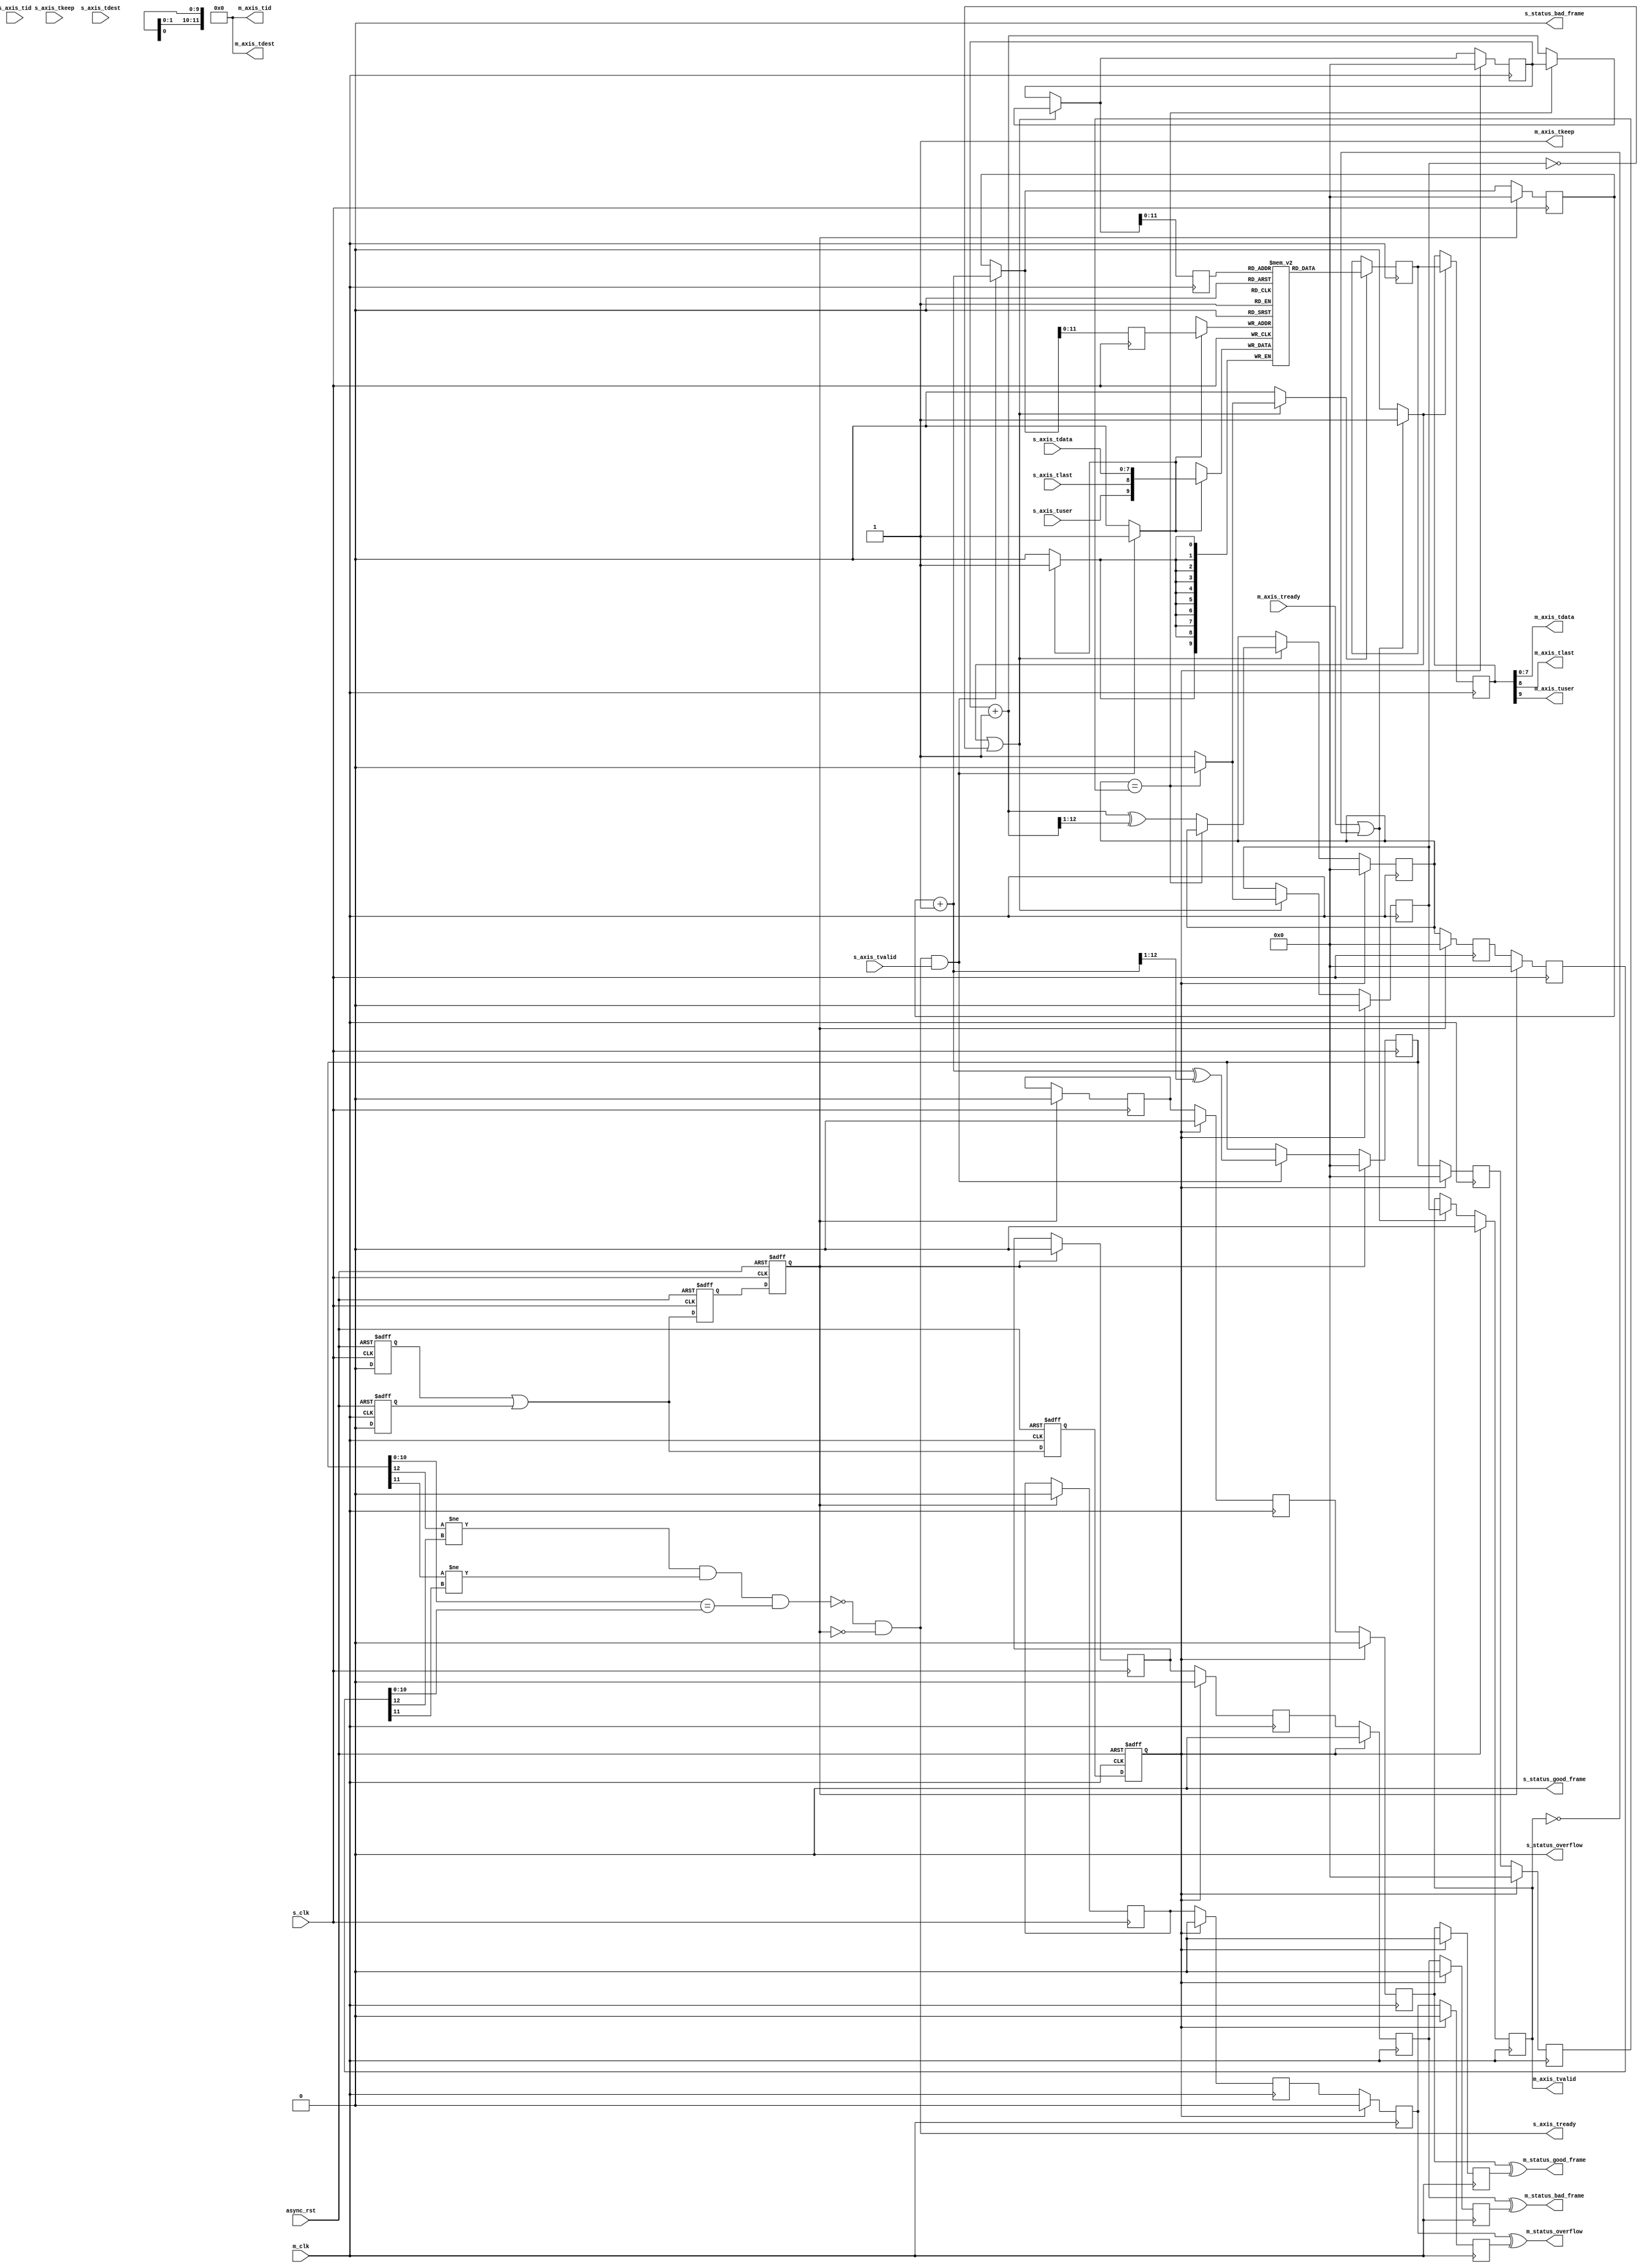


// Language: Verilog 2001

`timescale 1ns / 1ps

/*
 * AXI4-Stream asynchronous FIFO
 */
module axis_async_fifo #
(
    // FIFO depth in words
    // KEEP_WIDTH words per cycle if KEEP_ENABLE set
    // Rounded up to nearest power of 2 cycles
    parameter DEPTH = 4096,
    // Width of AXI stream interfaces in bits
    parameter DATA_WIDTH = 8,
    // Propagate tkeep signal
    // If disabled, tkeep assumed to be 1'b1
    parameter KEEP_ENABLE = (DATA_WIDTH>8),
    // tkeep signal width (words per cycle)
    parameter KEEP_WIDTH = (DATA_WIDTH/8),
    // Propagate tlast signal
    parameter LAST_ENABLE = 1,
    // Propagate tid signal
    parameter ID_ENABLE = 0,
    // tid signal width
    parameter ID_WIDTH = 8,
    // Propagate tdest signal
    parameter DEST_ENABLE = 0,
    // tdest signal width
    parameter DEST_WIDTH = 8,
    // Propagate tuser signal
    parameter USER_ENABLE = 1,
    // tuser signal width
    parameter USER_WIDTH = 1,
    // Frame FIFO mode - operate on frames instead of cycles
    // When set, m_axis_tvalid will not be deasserted within a frame
    // Requires LAST_ENABLE set
    parameter FRAME_FIFO = 0,
    // tuser value for bad frame marker
    parameter USER_BAD_FRAME_VALUE = 1'b1,
    // tuser mask for bad frame marker
    parameter USER_BAD_FRAME_MASK = 1'b1,
    // Drop frames marked bad
    // Requires FRAME_FIFO set
    parameter DROP_BAD_FRAME = 0,
    // Drop incoming frames when full
    // When set, s_axis_tready is always asserted
    // Requires FRAME_FIFO set
    parameter DROP_WHEN_FULL = 0
)
(
    /*
     * Common asynchronous reset
     */
    input  wire                   async_rst,

    /*
     * AXI input
     */
    input  wire                   s_clk,
    input  wire [DATA_WIDTH-1:0]  s_axis_tdata,
    input  wire [KEEP_WIDTH-1:0]  s_axis_tkeep,
    input  wire                   s_axis_tvalid,
    output wire                   s_axis_tready,
    input  wire                   s_axis_tlast,
    input  wire [ID_WIDTH-1:0]    s_axis_tid,
    input  wire [DEST_WIDTH-1:0]  s_axis_tdest,
    input  wire [USER_WIDTH-1:0]  s_axis_tuser,

    /*
     * AXI output
     */
    input  wire                   m_clk,
    output wire [DATA_WIDTH-1:0]  m_axis_tdata,
    output wire [KEEP_WIDTH-1:0]  m_axis_tkeep,
    output wire                   m_axis_tvalid,
    input  wire                   m_axis_tready,
    output wire                   m_axis_tlast,
    output wire [ID_WIDTH-1:0]    m_axis_tid,
    output wire [DEST_WIDTH-1:0]  m_axis_tdest,
    output wire [USER_WIDTH-1:0]  m_axis_tuser,

    /*
     * Status
     */
    output wire                   s_status_overflow,
    output wire                   s_status_bad_frame,
    output wire                   s_status_good_frame,
    output wire                   m_status_overflow,
    output wire                   m_status_bad_frame,
    output wire                   m_status_good_frame
);

parameter ADDR_WIDTH = (KEEP_ENABLE && KEEP_WIDTH > 1) ? $clog2(DEPTH/KEEP_WIDTH) : $clog2(DEPTH);

// check configuration
initial begin
    if (FRAME_FIFO && !LAST_ENABLE) begin
        $error("Error: FRAME_FIFO set requires LAST_ENABLE set (instance %m)");
        $finish;
    end

    if (DROP_BAD_FRAME && !FRAME_FIFO) begin
        $error("Error: DROP_BAD_FRAME set requires FRAME_FIFO set (instance %m)");
        $finish;
    end

    if (DROP_WHEN_FULL && !FRAME_FIFO) begin
        $error("Error: DROP_WHEN_FULL set requires FRAME_FIFO set (instance %m)");
        $finish;
    end

    if (DROP_BAD_FRAME && (USER_BAD_FRAME_MASK & {USER_WIDTH{1'b1}}) == 0) begin
        $error("Error: Invalid USER_BAD_FRAME_MASK value (instance %m)");
        $finish;
    end
end

localparam KEEP_OFFSET = DATA_WIDTH;
localparam LAST_OFFSET = KEEP_OFFSET + (KEEP_ENABLE ? KEEP_WIDTH : 0);
localparam ID_OFFSET   = LAST_OFFSET + (LAST_ENABLE ? 1          : 0);
localparam DEST_OFFSET = ID_OFFSET   + (ID_ENABLE   ? ID_WIDTH   : 0);
localparam USER_OFFSET = DEST_OFFSET + (DEST_ENABLE ? DEST_WIDTH : 0);
localparam WIDTH       = USER_OFFSET + (USER_ENABLE ? USER_WIDTH : 0);

reg [ADDR_WIDTH:0] wr_ptr_reg = {ADDR_WIDTH+1{1'b0}}, wr_ptr_next;
reg [ADDR_WIDTH:0] wr_ptr_cur_reg = {ADDR_WIDTH+1{1'b0}}, wr_ptr_cur_next;
reg [ADDR_WIDTH:0] wr_ptr_gray_reg = {ADDR_WIDTH+1{1'b0}}, wr_ptr_gray_next;
reg [ADDR_WIDTH:0] wr_ptr_sync_gray_reg = {ADDR_WIDTH+1{1'b0}}, wr_ptr_sync_gray_next;
reg [ADDR_WIDTH:0] wr_ptr_cur_gray_reg = {ADDR_WIDTH+1{1'b0}}, wr_ptr_cur_gray_next;
reg [ADDR_WIDTH:0] wr_addr_reg = {ADDR_WIDTH+1{1'b0}};
reg [ADDR_WIDTH:0] rd_ptr_reg = {ADDR_WIDTH+1{1'b0}}, rd_ptr_next;
reg [ADDR_WIDTH:0] rd_ptr_gray_reg = {ADDR_WIDTH+1{1'b0}}, rd_ptr_gray_next;
reg [ADDR_WIDTH:0] rd_addr_reg = {ADDR_WIDTH+1{1'b0}};

reg [ADDR_WIDTH:0] wr_ptr_gray_sync1_reg = {ADDR_WIDTH+1{1'b0}};
reg [ADDR_WIDTH:0] wr_ptr_gray_sync2_reg = {ADDR_WIDTH+1{1'b0}};
reg [ADDR_WIDTH:0] rd_ptr_gray_sync1_reg = {ADDR_WIDTH+1{1'b0}};
reg [ADDR_WIDTH:0] rd_ptr_gray_sync2_reg = {ADDR_WIDTH+1{1'b0}};

reg wr_ptr_update_valid_reg = 1'b0, wr_ptr_update_valid_next;
reg wr_ptr_update_reg = 1'b0, wr_ptr_update_next;
reg wr_ptr_update_sync1_reg = 1'b0;
reg wr_ptr_update_sync2_reg = 1'b0;
reg wr_ptr_update_sync3_reg = 1'b0;
reg wr_ptr_update_ack_sync1_reg = 1'b0;
reg wr_ptr_update_ack_sync2_reg = 1'b0;

reg s_rst_sync1_reg = 1'b1;
reg s_rst_sync2_reg = 1'b1;
reg s_rst_sync3_reg = 1'b1;
reg m_rst_sync1_reg = 1'b1;
reg m_rst_sync2_reg = 1'b1;
reg m_rst_sync3_reg = 1'b1;

reg [WIDTH-1:0] mem[(2**ADDR_WIDTH)-1:0];
reg [WIDTH-1:0] mem_read_data_reg;
reg mem_read_data_valid_reg = 1'b0, mem_read_data_valid_next;

wire [WIDTH-1:0] s_axis;

reg [WIDTH-1:0] m_axis_reg;
reg m_axis_tvalid_reg = 1'b0, m_axis_tvalid_next;

// full when first TWO MSBs do NOT match, but rest matches
// (gray code equivalent of first MSB different but rest same)
wire full = ((wr_ptr_gray_reg[ADDR_WIDTH] != rd_ptr_gray_sync2_reg[ADDR_WIDTH]) &&
             (wr_ptr_gray_reg[ADDR_WIDTH-1] != rd_ptr_gray_sync2_reg[ADDR_WIDTH-1]) &&
             (wr_ptr_gray_reg[ADDR_WIDTH-2:0] == rd_ptr_gray_sync2_reg[ADDR_WIDTH-2:0]));
wire full_cur = ((wr_ptr_cur_gray_reg[ADDR_WIDTH] != rd_ptr_gray_sync2_reg[ADDR_WIDTH]) &&
                 (wr_ptr_cur_gray_reg[ADDR_WIDTH-1] != rd_ptr_gray_sync2_reg[ADDR_WIDTH-1]) &&
                 (wr_ptr_cur_gray_reg[ADDR_WIDTH-2:0] == rd_ptr_gray_sync2_reg[ADDR_WIDTH-2:0]));
// empty when pointers match exactly
wire empty = rd_ptr_gray_reg == (FRAME_FIFO ? wr_ptr_gray_sync1_reg : wr_ptr_gray_sync2_reg);
// overflow within packet
wire full_wr = ((wr_ptr_reg[ADDR_WIDTH] != wr_ptr_cur_reg[ADDR_WIDTH]) &&
                (wr_ptr_reg[ADDR_WIDTH-1:0] == wr_ptr_cur_reg[ADDR_WIDTH-1:0]));

// control signals
reg write;
reg read;
reg store_output;

reg drop_frame_reg = 1'b0, drop_frame_next;
reg overflow_reg = 1'b0, overflow_next;
reg bad_frame_reg = 1'b0, bad_frame_next;
reg good_frame_reg = 1'b0, good_frame_next;

reg overflow_sync1_reg = 1'b0;
reg overflow_sync2_reg = 1'b0;
reg overflow_sync3_reg = 1'b0;
reg overflow_sync4_reg = 1'b0;
reg bad_frame_sync1_reg = 1'b0;
reg bad_frame_sync2_reg = 1'b0;
reg bad_frame_sync3_reg = 1'b0;
reg bad_frame_sync4_reg = 1'b0;
reg good_frame_sync1_reg = 1'b0;
reg good_frame_sync2_reg = 1'b0;
reg good_frame_sync3_reg = 1'b0;
reg good_frame_sync4_reg = 1'b0;

assign s_axis_tready = (FRAME_FIFO ? (!full_cur || full_wr || DROP_WHEN_FULL) : !full) && !s_rst_sync3_reg;

generate
    assign s_axis[DATA_WIDTH-1:0] = s_axis_tdata;
    if (KEEP_ENABLE) assign s_axis[KEEP_OFFSET +: KEEP_WIDTH] = s_axis_tkeep;
    if (LAST_ENABLE) assign s_axis[LAST_OFFSET]               = s_axis_tlast;
    if (ID_ENABLE)   assign s_axis[ID_OFFSET   +: ID_WIDTH]   = s_axis_tid;
    if (DEST_ENABLE) assign s_axis[DEST_OFFSET +: DEST_WIDTH] = s_axis_tdest;
    if (USER_ENABLE) assign s_axis[USER_OFFSET +: USER_WIDTH] = s_axis_tuser;
endgenerate

assign m_axis_tvalid = m_axis_tvalid_reg;

assign m_axis_tdata = m_axis_reg[DATA_WIDTH-1:0];
assign m_axis_tkeep = KEEP_ENABLE ? m_axis_reg[KEEP_OFFSET +: KEEP_WIDTH] : {KEEP_WIDTH{1'b1}};
assign m_axis_tlast = LAST_ENABLE ? m_axis_reg[LAST_OFFSET]               : 1'b1;
assign m_axis_tid   = ID_ENABLE   ? m_axis_reg[ID_OFFSET   +: ID_WIDTH]   : {ID_WIDTH{1'b0}};
assign m_axis_tdest = DEST_ENABLE ? m_axis_reg[DEST_OFFSET +: DEST_WIDTH] : {DEST_WIDTH{1'b0}};
assign m_axis_tuser = USER_ENABLE ? m_axis_reg[USER_OFFSET +: USER_WIDTH] : {USER_WIDTH{1'b0}};

assign s_status_overflow = overflow_reg;
assign s_status_bad_frame = bad_frame_reg;
assign s_status_good_frame = good_frame_reg;

assign m_status_overflow = overflow_sync3_reg ^ overflow_sync4_reg;
assign m_status_bad_frame = bad_frame_sync3_reg ^ bad_frame_sync4_reg;
assign m_status_good_frame = good_frame_sync3_reg ^ good_frame_sync4_reg;

// reset synchronization
always @(posedge s_clk or posedge async_rst) begin
    if (async_rst) begin
        s_rst_sync1_reg <= 1'b1;
        s_rst_sync2_reg <= 1'b1;
        s_rst_sync3_reg <= 1'b1;
    end else begin
        s_rst_sync1_reg <= 1'b0;
        s_rst_sync2_reg <= s_rst_sync1_reg || m_rst_sync1_reg;
        s_rst_sync3_reg <= s_rst_sync2_reg;
    end
end

always @(posedge m_clk or posedge async_rst) begin
    if (async_rst) begin
        m_rst_sync1_reg <= 1'b1;
        m_rst_sync2_reg <= 1'b1;
        m_rst_sync3_reg <= 1'b1;
    end else begin
        m_rst_sync1_reg <= 1'b0;
        m_rst_sync2_reg <= s_rst_sync1_reg || m_rst_sync1_reg;
        m_rst_sync3_reg <= m_rst_sync2_reg;
    end
end

// Write logic
always @* begin
    write = 1'b0;

    drop_frame_next = drop_frame_reg;
    overflow_next = 1'b0;
    bad_frame_next = 1'b0;
    good_frame_next = 1'b0;

    wr_ptr_next = wr_ptr_reg;
    wr_ptr_cur_next = wr_ptr_cur_reg;
    wr_ptr_gray_next = wr_ptr_gray_reg;
    wr_ptr_sync_gray_next = wr_ptr_sync_gray_reg;
    wr_ptr_cur_gray_next = wr_ptr_cur_gray_reg;

    wr_ptr_update_valid_next = wr_ptr_update_valid_reg;
    wr_ptr_update_next = wr_ptr_update_reg;

    if (FRAME_FIFO && wr_ptr_update_valid_reg) begin
        // have updated pointer to sync
        if (wr_ptr_update_next == wr_ptr_update_ack_sync2_reg) begin
            // no sync in progress; sync update
            wr_ptr_update_valid_next = 1'b0;
            wr_ptr_sync_gray_next = wr_ptr_gray_reg;
            wr_ptr_update_next = !wr_ptr_update_ack_sync2_reg;
        end
    end

    if (s_axis_tready && s_axis_tvalid) begin
        // transfer in
        if (!FRAME_FIFO) begin
            // normal FIFO mode
            write = 1'b1;
            wr_ptr_next = wr_ptr_reg + 1;
            wr_ptr_gray_next = wr_ptr_next ^ (wr_ptr_next >> 1);
        end else if (full_cur || full_wr || drop_frame_reg) begin
            // full, packet overflow, or currently dropping frame
            // drop frame
            drop_frame_next = 1'b1;
            if (s_axis_tlast) begin
                // end of frame, reset write pointer
                wr_ptr_cur_next = wr_ptr_reg;
                wr_ptr_cur_gray_next = wr_ptr_cur_next ^ (wr_ptr_cur_next >> 1);
                drop_frame_next = 1'b0;
                overflow_next = 1'b1;
            end
        end else begin
            write = 1'b1;
            wr_ptr_cur_next = wr_ptr_cur_reg + 1;
            wr_ptr_cur_gray_next = wr_ptr_cur_next ^ (wr_ptr_cur_next >> 1);
            if (s_axis_tlast) begin
                // end of frame
                if (DROP_BAD_FRAME && USER_BAD_FRAME_MASK & ~(s_axis_tuser ^ USER_BAD_FRAME_VALUE)) begin
                    // bad packet, reset write pointer
                    wr_ptr_cur_next = wr_ptr_reg;
                    wr_ptr_cur_gray_next = wr_ptr_cur_next ^ (wr_ptr_cur_next >> 1);
                    bad_frame_next = 1'b1;
                end else begin
                    // good packet, update write pointer
                    wr_ptr_next = wr_ptr_cur_reg + 1;
                    wr_ptr_gray_next = wr_ptr_next ^ (wr_ptr_next >> 1);

                    if (wr_ptr_update_next == wr_ptr_update_ack_sync2_reg) begin
                        // no sync in progress; sync update
                        wr_ptr_update_valid_next = 1'b0;
                        wr_ptr_sync_gray_next = wr_ptr_gray_next;
                        wr_ptr_update_next = !wr_ptr_update_ack_sync2_reg;
                    end else begin
                        // sync in progress; flag it for later
                        wr_ptr_update_valid_next = 1'b1;
                    end

                    good_frame_next = 1'b1;
                end
            end
        end
    end
end

always @(posedge s_clk) begin
    if (s_rst_sync3_reg) begin
        wr_ptr_reg <= {ADDR_WIDTH+1{1'b0}};
        wr_ptr_cur_reg <= {ADDR_WIDTH+1{1'b0}};
        wr_ptr_gray_reg <= {ADDR_WIDTH+1{1'b0}};
        wr_ptr_sync_gray_reg <= {ADDR_WIDTH+1{1'b0}};
        wr_ptr_cur_gray_reg <= {ADDR_WIDTH+1{1'b0}};

        wr_ptr_update_valid_reg <= 1'b0;
        wr_ptr_update_reg <= 1'b0;

        drop_frame_reg <= 1'b0;
        overflow_reg <= 1'b0;
        bad_frame_reg <= 1'b0;
        good_frame_reg <= 1'b0;
    end else begin
        wr_ptr_reg <= wr_ptr_next;
        wr_ptr_cur_reg <= wr_ptr_cur_next;
        wr_ptr_gray_reg <= wr_ptr_gray_next;
        wr_ptr_sync_gray_reg <= wr_ptr_sync_gray_next;
        wr_ptr_cur_gray_reg <= wr_ptr_cur_gray_next;

        wr_ptr_update_valid_reg <= wr_ptr_update_valid_next;
        wr_ptr_update_reg <= wr_ptr_update_next;

        drop_frame_reg <= drop_frame_next;
        overflow_reg <= overflow_next;
        bad_frame_reg <= bad_frame_next;
        good_frame_reg <= good_frame_next;
    end

    if (FRAME_FIFO) begin
        wr_addr_reg <= wr_ptr_cur_next;
    end else begin
        wr_addr_reg <= wr_ptr_next;
    end

    if (write) begin
        mem[wr_addr_reg[ADDR_WIDTH-1:0]] <= s_axis;
    end
end

// pointer synchronization
always @(posedge s_clk) begin
    if (s_rst_sync3_reg) begin
        rd_ptr_gray_sync1_reg <= {ADDR_WIDTH+1{1'b0}};
        rd_ptr_gray_sync2_reg <= {ADDR_WIDTH+1{1'b0}};
        wr_ptr_update_ack_sync1_reg <= 1'b0;
        wr_ptr_update_ack_sync2_reg <= 1'b0;
    end else begin
        rd_ptr_gray_sync1_reg <= rd_ptr_gray_reg;
        rd_ptr_gray_sync2_reg <= rd_ptr_gray_sync1_reg;
        wr_ptr_update_ack_sync1_reg <= wr_ptr_update_sync3_reg;
        wr_ptr_update_ack_sync2_reg <= wr_ptr_update_ack_sync1_reg;
    end
end

always @(posedge m_clk) begin
    if (m_rst_sync3_reg) begin
        wr_ptr_gray_sync1_reg <= {ADDR_WIDTH+1{1'b0}};
        wr_ptr_gray_sync2_reg <= {ADDR_WIDTH+1{1'b0}};
        wr_ptr_update_sync1_reg <= 1'b0;
        wr_ptr_update_sync2_reg <= 1'b0;
        wr_ptr_update_sync3_reg <= 1'b0;
    end else begin
        if (!FRAME_FIFO) begin
            wr_ptr_gray_sync1_reg <= wr_ptr_gray_reg;
        end else if (wr_ptr_update_sync2_reg ^ wr_ptr_update_sync3_reg) begin
            wr_ptr_gray_sync1_reg <= wr_ptr_sync_gray_reg;
        end
        wr_ptr_gray_sync2_reg <= wr_ptr_gray_sync1_reg;
        wr_ptr_update_sync1_reg <= wr_ptr_update_reg;
        wr_ptr_update_sync2_reg <= wr_ptr_update_sync1_reg;
        wr_ptr_update_sync3_reg <= wr_ptr_update_sync2_reg;
    end
end

// status synchronization
always @(posedge s_clk) begin
    if (s_rst_sync3_reg) begin
        overflow_sync1_reg <= 1'b0;
        bad_frame_sync1_reg <= 1'b0;
        good_frame_sync1_reg <= 1'b0;
    end else begin
        overflow_sync1_reg <= overflow_sync1_reg ^ overflow_reg;
        bad_frame_sync1_reg <= bad_frame_sync1_reg ^ bad_frame_reg;
        good_frame_sync1_reg <= good_frame_sync1_reg ^ good_frame_reg;
    end
end

always @(posedge m_clk) begin
    if (m_rst_sync3_reg) begin
        overflow_sync2_reg <= 1'b0;
        overflow_sync3_reg <= 1'b0;
        overflow_sync4_reg <= 1'b0;
        bad_frame_sync2_reg <= 1'b0;
        bad_frame_sync3_reg <= 1'b0;
        bad_frame_sync4_reg <= 1'b0;
        good_frame_sync2_reg <= 1'b0;
        good_frame_sync3_reg <= 1'b0;
        good_frame_sync4_reg <= 1'b0;
    end else begin
        overflow_sync2_reg <= overflow_sync1_reg;
        overflow_sync3_reg <= overflow_sync2_reg;
        overflow_sync4_reg <= overflow_sync3_reg;
        bad_frame_sync2_reg <= bad_frame_sync1_reg;
        bad_frame_sync3_reg <= bad_frame_sync2_reg;
        bad_frame_sync4_reg <= bad_frame_sync3_reg;
        good_frame_sync2_reg <= good_frame_sync1_reg;
        good_frame_sync3_reg <= good_frame_sync2_reg;
        good_frame_sync4_reg <= good_frame_sync3_reg;
    end
end

// Read logic
always @* begin
    read = 1'b0;

    rd_ptr_next = rd_ptr_reg;
    rd_ptr_gray_next = rd_ptr_gray_reg;

    mem_read_data_valid_next = mem_read_data_valid_reg;

    if (store_output || !mem_read_data_valid_reg) begin
        // output data not valid OR currently being transferred
        if (!empty) begin
            // not empty, perform read
            read = 1'b1;
            mem_read_data_valid_next = 1'b1;
            rd_ptr_next = rd_ptr_reg + 1;
            rd_ptr_gray_next = rd_ptr_next ^ (rd_ptr_next >> 1);
        end else begin
            // empty, invalidate
            mem_read_data_valid_next = 1'b0;
        end
    end
end

always @(posedge m_clk) begin
    if (m_rst_sync3_reg) begin
        rd_ptr_reg <= {ADDR_WIDTH+1{1'b0}};
        rd_ptr_gray_reg <= {ADDR_WIDTH+1{1'b0}};
        mem_read_data_valid_reg <= 1'b0;
    end else begin
        rd_ptr_reg <= rd_ptr_next;
        rd_ptr_gray_reg <= rd_ptr_gray_next;
        mem_read_data_valid_reg <= mem_read_data_valid_next;
    end

    rd_addr_reg <= rd_ptr_next;

    if (read) begin
        mem_read_data_reg <= mem[rd_addr_reg[ADDR_WIDTH-1:0]];
    end
end

// Output register
always @* begin
    store_output = 1'b0;

    m_axis_tvalid_next = m_axis_tvalid_reg;

    if (m_axis_tready || !m_axis_tvalid) begin
        store_output = 1'b1;
        m_axis_tvalid_next = mem_read_data_valid_reg;
    end
end

always @(posedge m_clk) begin
    if (m_rst_sync3_reg) begin
        m_axis_tvalid_reg <= 1'b0;
    end else begin
        m_axis_tvalid_reg <= m_axis_tvalid_next;
    end

    if (store_output) begin
        m_axis_reg <= mem_read_data_reg;
    end
end

endmodule